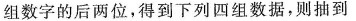
组数字的后两位，得到下列四组数据，则抽到